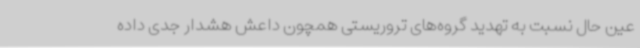
عین حال نسبت به تهدید گروه‌های تروریستی همچون داعش هشدار جدی داده